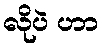
လိုပဲ ဟာ